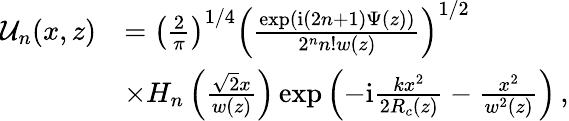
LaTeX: \begin{array}{rl}{\mathcal{U}_{n}(x,z)}&{=\left(\frac{2}{\pi}\right)^{1/4}\left(\frac{\exp(\mathrm{i}(2n+1)\Psi(z))}{2^{n}n!w(z)}\right)^{1/2}}\\ &{\times H_{n}\left(\frac{\sqrt{2}x}{w(z)}\right)\exp\left(-\mathrm{i}\frac{kx^{2}}{2R_{c}(z)}-\frac{x^{2}}{w^{2}(z)}\right)\, ,}\end{array}